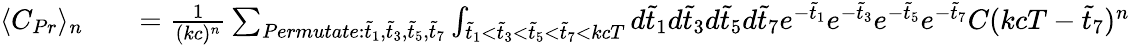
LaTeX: \begin{array}{rlr}{\langle C_{Pr}\rangle_{n}}&{{}}&{=\frac{1}{(kc)^{n}}\sum_{Permutate:\tilde{t}_{1},\tilde{t}_{3},\tilde{t}_{5},\tilde{t}_{7}}\int_{\tilde{t}_{1}<\tilde{t}_{3}<\tilde{t}_{5}<\tilde{t}_{7}<kcT}d\tilde{t}_{1}d\tilde{t}_{3}d\tilde{t}_{5}d\tilde{t}_{7}e^{-\tilde{t}_{1}}e^{-\tilde{t}_{3}}e^{-\tilde{t}_{5}}e^{-\tilde{t}_{7}}C(kcT-\tilde{t}_{7})^{n}}\end{array}